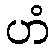
ဟံ